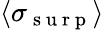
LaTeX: \langle\sigma_{\mathrm{~s~u~r~p~}}\rangle